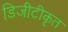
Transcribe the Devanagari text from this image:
डिजीटीकृत